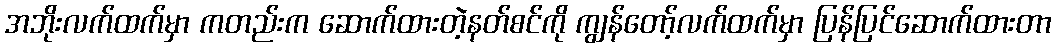
အဘိုးလက်ထက်မှာ ကတည်းက ဆောက်ထားတဲ့နတ်စင်ကို ကျွန်တော့်လက်ထက်မှာ ပြန်ပြင်ဆောက်ထားတာ